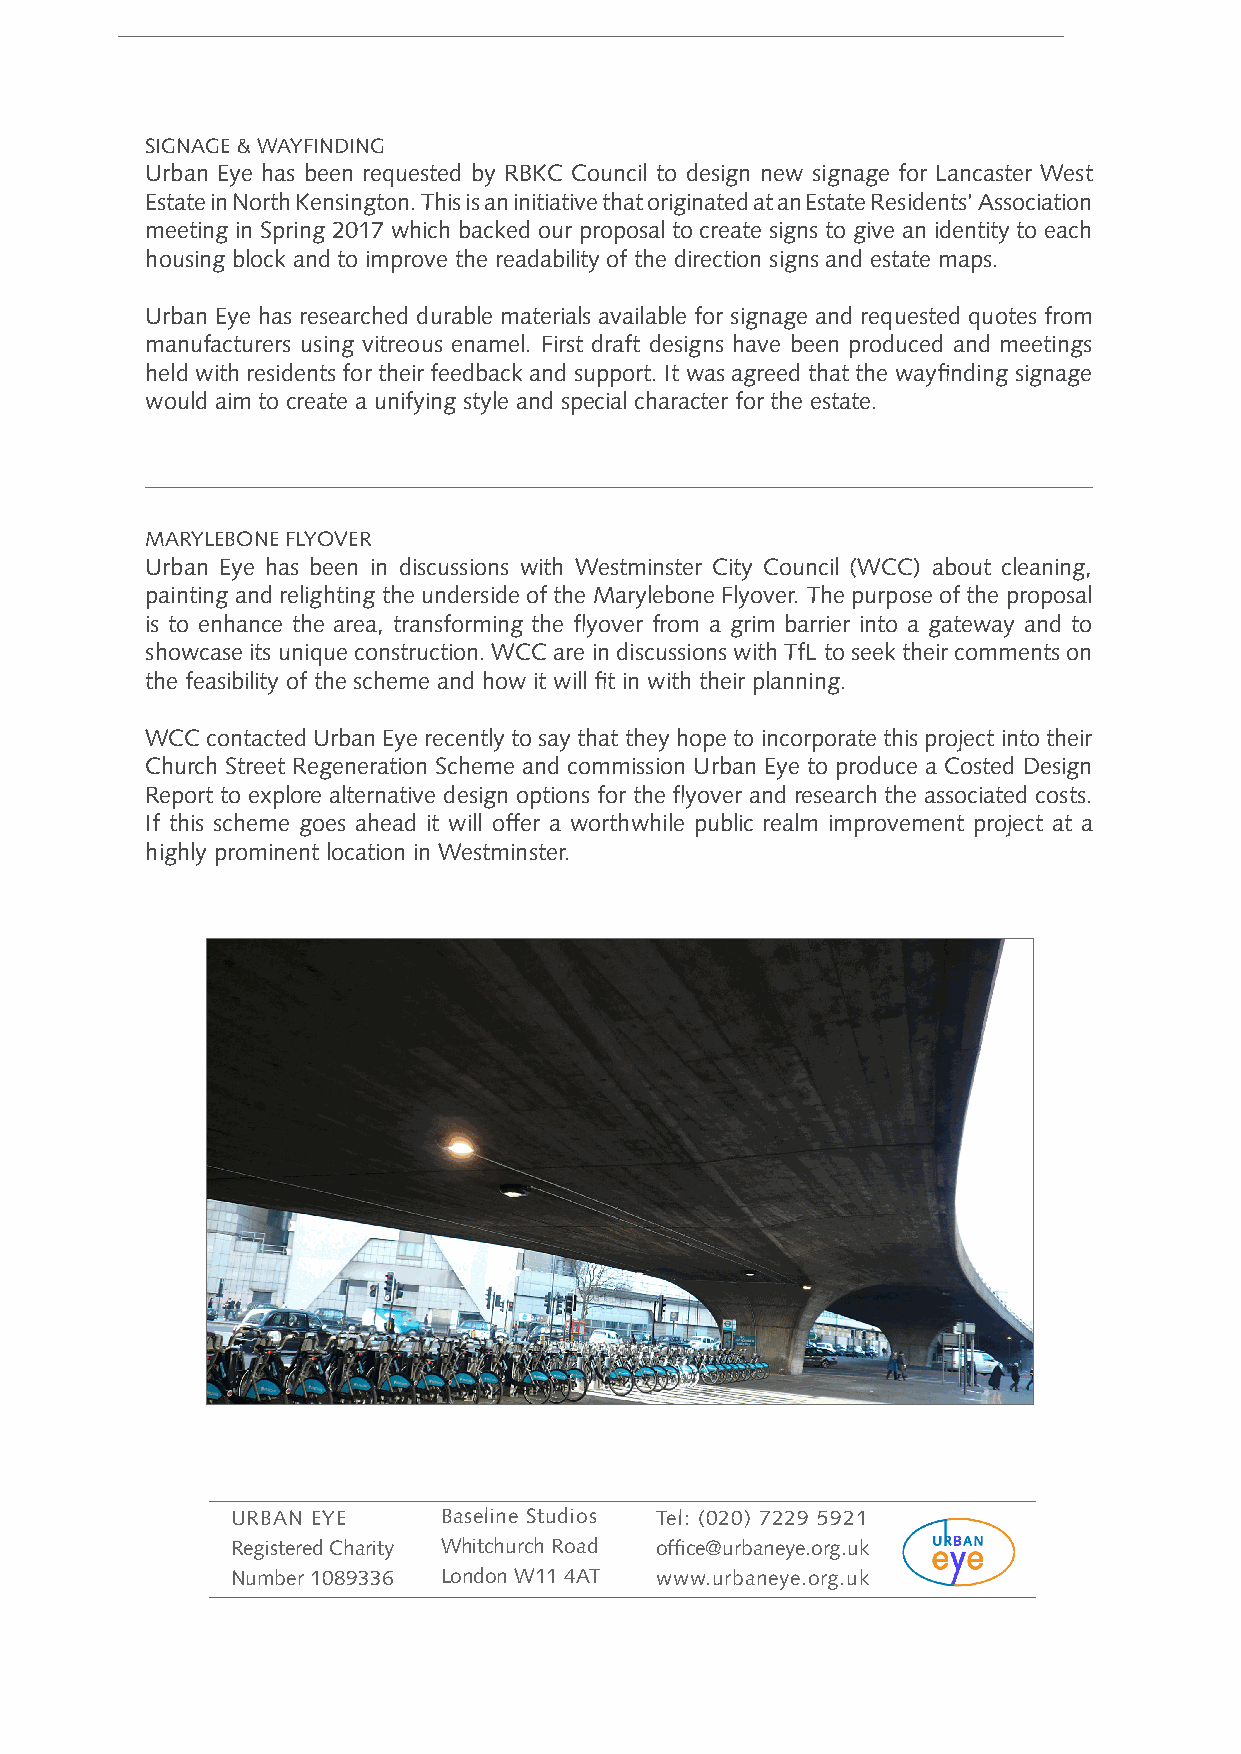
SIGNAGE & WAYFINDING
 Urban Eye has been requested by RBKC Council to design new signage for Lancaster West
 Estate in North Kensington. This is an initiative that originated at an Estate Residents’ Association
 meeting in Spring 2017 which backed our proposal to create signs to give an identity to each
 housing block and to improve the readability of the direction signs and estate maps.
 Urban Eye has researched durable materials available for signage and requested quotes from
 manufacturers using vitreous enamel. First draft designs have been produced and meetings
 held with residents for their feedback and support. It was agreed that the wayfinding signage
 would aim to create a unifying style and special character for the estate.
 MARYLEBONE FLYOVER
 Urban Eye has been in discussions with Westminster City Council (WCC) about cleaning,
 painting and relighting the underside of the Marylebone Flyover. The purpose of the proposal
 is to enhance the area, transforming the flyover from a grim barrier into a gateway and to
 showcase its unique construction. WCC are in discussions with TfL to seek their comments on
 the feasibility of the scheme and how it will fit in with their planning.
 WCC contacted Urban Eye recently to say that they hope to incorporate this project into their
 Church Street Regeneration Scheme and commission Urban Eye to produce a Costed Design
 Report to explore alternative design options for the flyover and research the associated costs.
 If this scheme goes ahead it will offer a worthwhile public realm improvement project at a
 highly prominent location in Westminster.
 URBAN EYE     Baseline Studios Tel: (020) 7229 5921
 Registered Charity Whitchurch Road office@urbaneye.org.uk
 Number 1089336 London W11 4AT www.urbaneye.org.uk